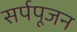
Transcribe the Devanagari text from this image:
सर्पपूजन